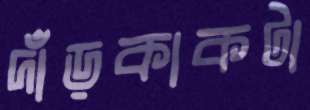
দাঁড়কাকটা